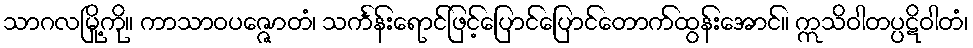
သာဂလမြို့ကို။ ကာသာဝပဇ္ဇောတံ၊ သင်္ကန်းရောင်ဖြင့်ပြောင်ပြောင်တောက်ထွန်းအောင်။ ဣသိဝါတပ္ပဋိဝါတံ၊